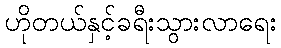
ဟိုတယ်နှင့်ခရီးသွားလာရေး